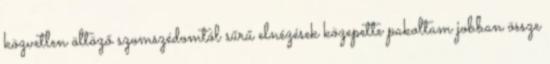
közvetlen öltöző szomszédomtól sűrű elnézések közepette pakoltam jobban össze